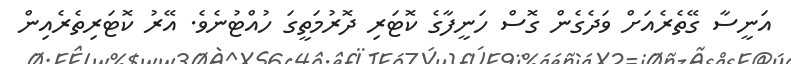
އަނީސާ ގޭތެރެއަށް ވަދެގެން ގޮސް ހަނީފާގެ ކޮޓަރި ދޮރުމަތީގަ ހުއްޓުނެވެ. އޭރު ކޮޓަރިތެރެއިން